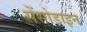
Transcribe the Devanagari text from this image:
सेंसोडाइन